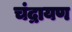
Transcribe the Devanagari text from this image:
चंद्रायण